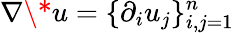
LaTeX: \nabla\* u=\{ \partial_{i}u_{j}\} _{i,j=1}^{n}